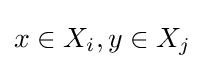
x\in X_{i},y\in X_{j}